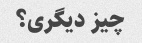
چیز دیگری؟